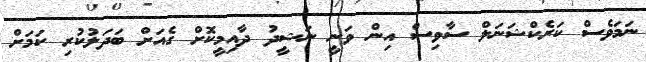
ނަމަވެސް ކަރެކްޝަނަލް ސާވިސް އިން ވަނީ ނަޝީދު ދާއިމީކޮށް ގެއަށް ބަދަލުކުރި ކަމަށް